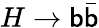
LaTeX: H\rightarrow\mathsf{b}\bar{{\mathsf{b}}}